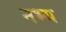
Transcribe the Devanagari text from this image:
नभ्य